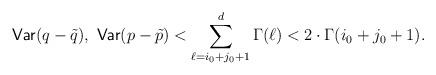
LaTeX: \begin{align*}\mathsf{Var}(q-\tilde{q}), \ \mathsf{Var}(p-\tilde{p}) < \sum_{\ell = i_0 +j_0+1}^{d} \Gamma(\ell) < 2 \cdot \Gamma(i_0+j_0+1). \end{align*}